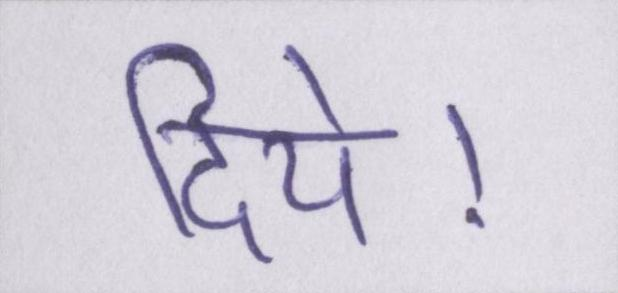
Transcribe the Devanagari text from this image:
दिये।